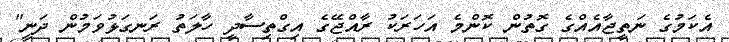
އެކަމުގެ ނަތީޖާއެއްގެ ގޮތުން ކޮންމެ އަހަރަކު ރާއްޖޭގެ އިގްތިސާދީ ހާލަތު ރަނގަޅުވަމުން ދަނީ"